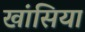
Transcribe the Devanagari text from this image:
खांसिया